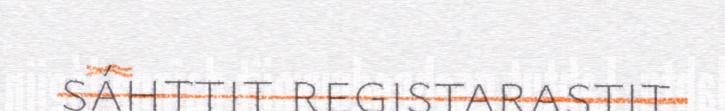
sáhttit registarastit